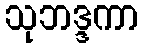
သုဘဒ္ဒကာ